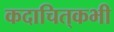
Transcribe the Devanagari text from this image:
कदाचित्‌कभी